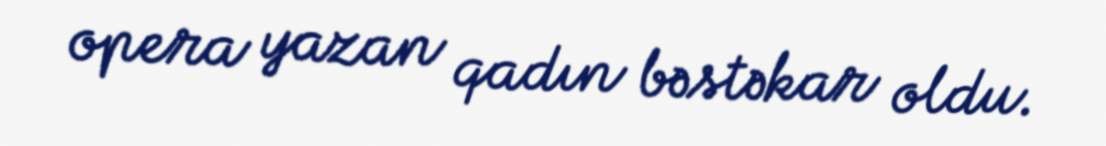
opera yazan qadın bəstəkar oldu.